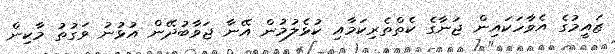
ޒައީމުގެ އެވާހަކައިން ޖަނާގެ ކެތްތެރިކަމާއި ކުޅެލުމުން އޭނާ ޖަވާބުދޭން އުޅުނު ވަގުތު މާކިން